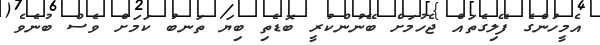
އެމީހުންގެ ފޭލިގެތައް ޖެހުމަށް ބޭނުންކުރީ ބޮޑެތި ބިޔަ ތަނބު ކަމަށް ވެސް ބުނެވެ